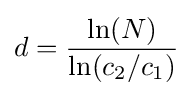
d={\frac {\ln(N)}{\ln(c_{2}/c_{1})}}